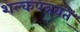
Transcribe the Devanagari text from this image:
शल्कपत्रवत्‌